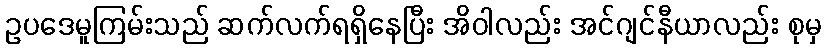
ဥပဒေမူကြမ်းသည် ဆက်လက်ရရှိနေပြီး အိဝါလည်း အင်ဂျင်နီယာလည်း စုမှ